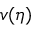
v ( \eta )